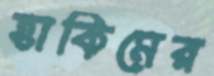
হাকিমের